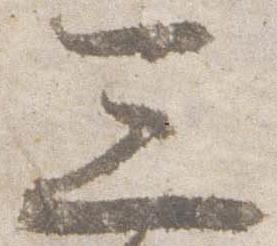
三